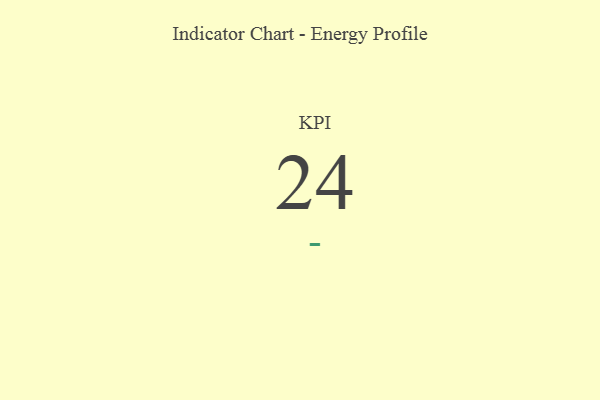
{"axis": {"x": "KPI", "y": "Value"}, "legend": [""], "data": [{"x": "KPI", "y": 24, "type": ""}]}